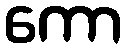
ကော